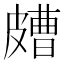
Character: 𥀛